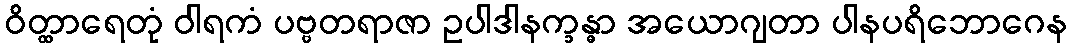
ဝိတ္ထာရေတုံ ဝါရကံ ပဗ္ဗတရာဇာ ဥပါဒါနက္ခန္ဓာ အယောဂျတာ ပါနပရိဘောဂေန